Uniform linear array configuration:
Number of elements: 32
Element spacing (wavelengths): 0.5
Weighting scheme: hann
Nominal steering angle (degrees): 15
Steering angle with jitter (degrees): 13.325
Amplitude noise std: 0.05
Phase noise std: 0.05

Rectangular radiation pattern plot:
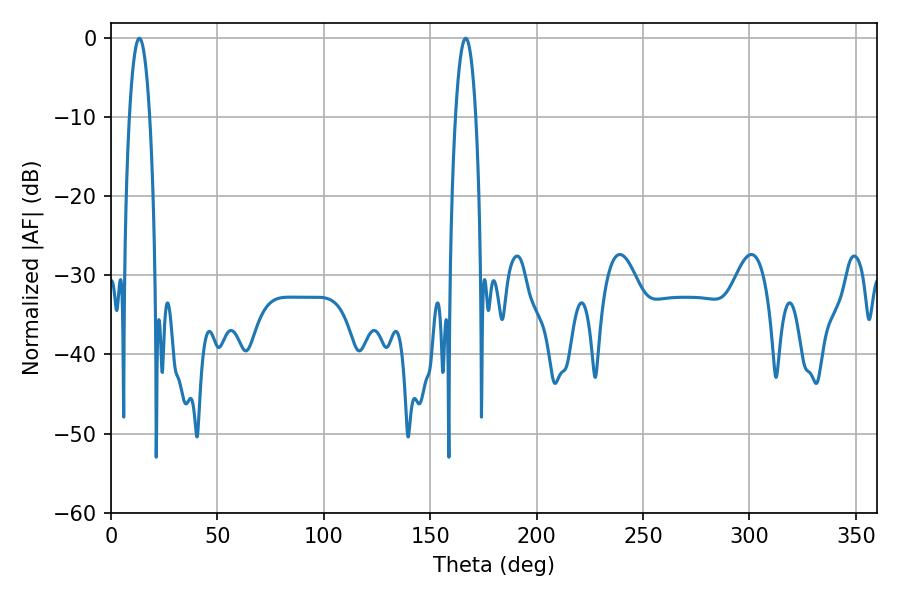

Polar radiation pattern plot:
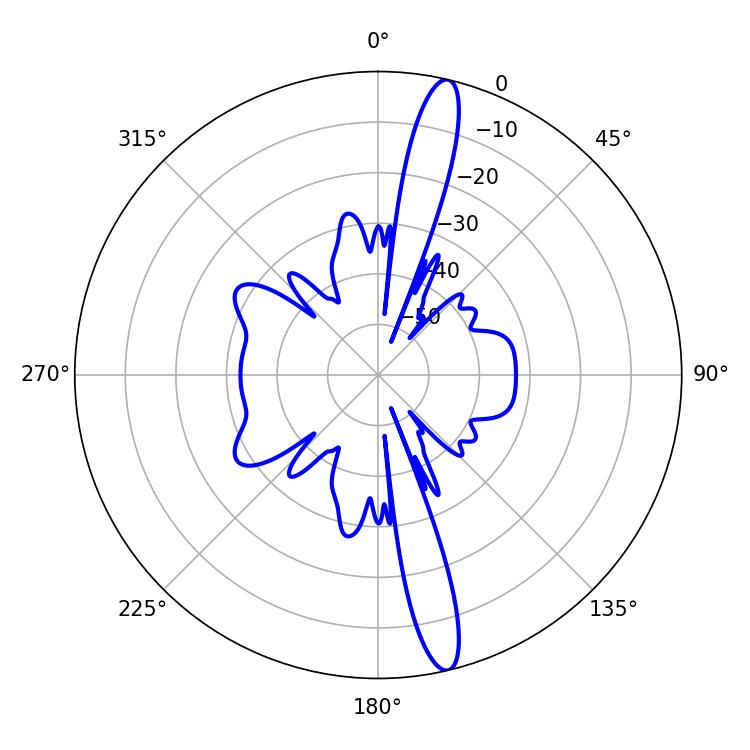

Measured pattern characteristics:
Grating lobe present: FALSE
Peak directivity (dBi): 16.462
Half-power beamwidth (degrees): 5.4
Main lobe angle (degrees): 13.32